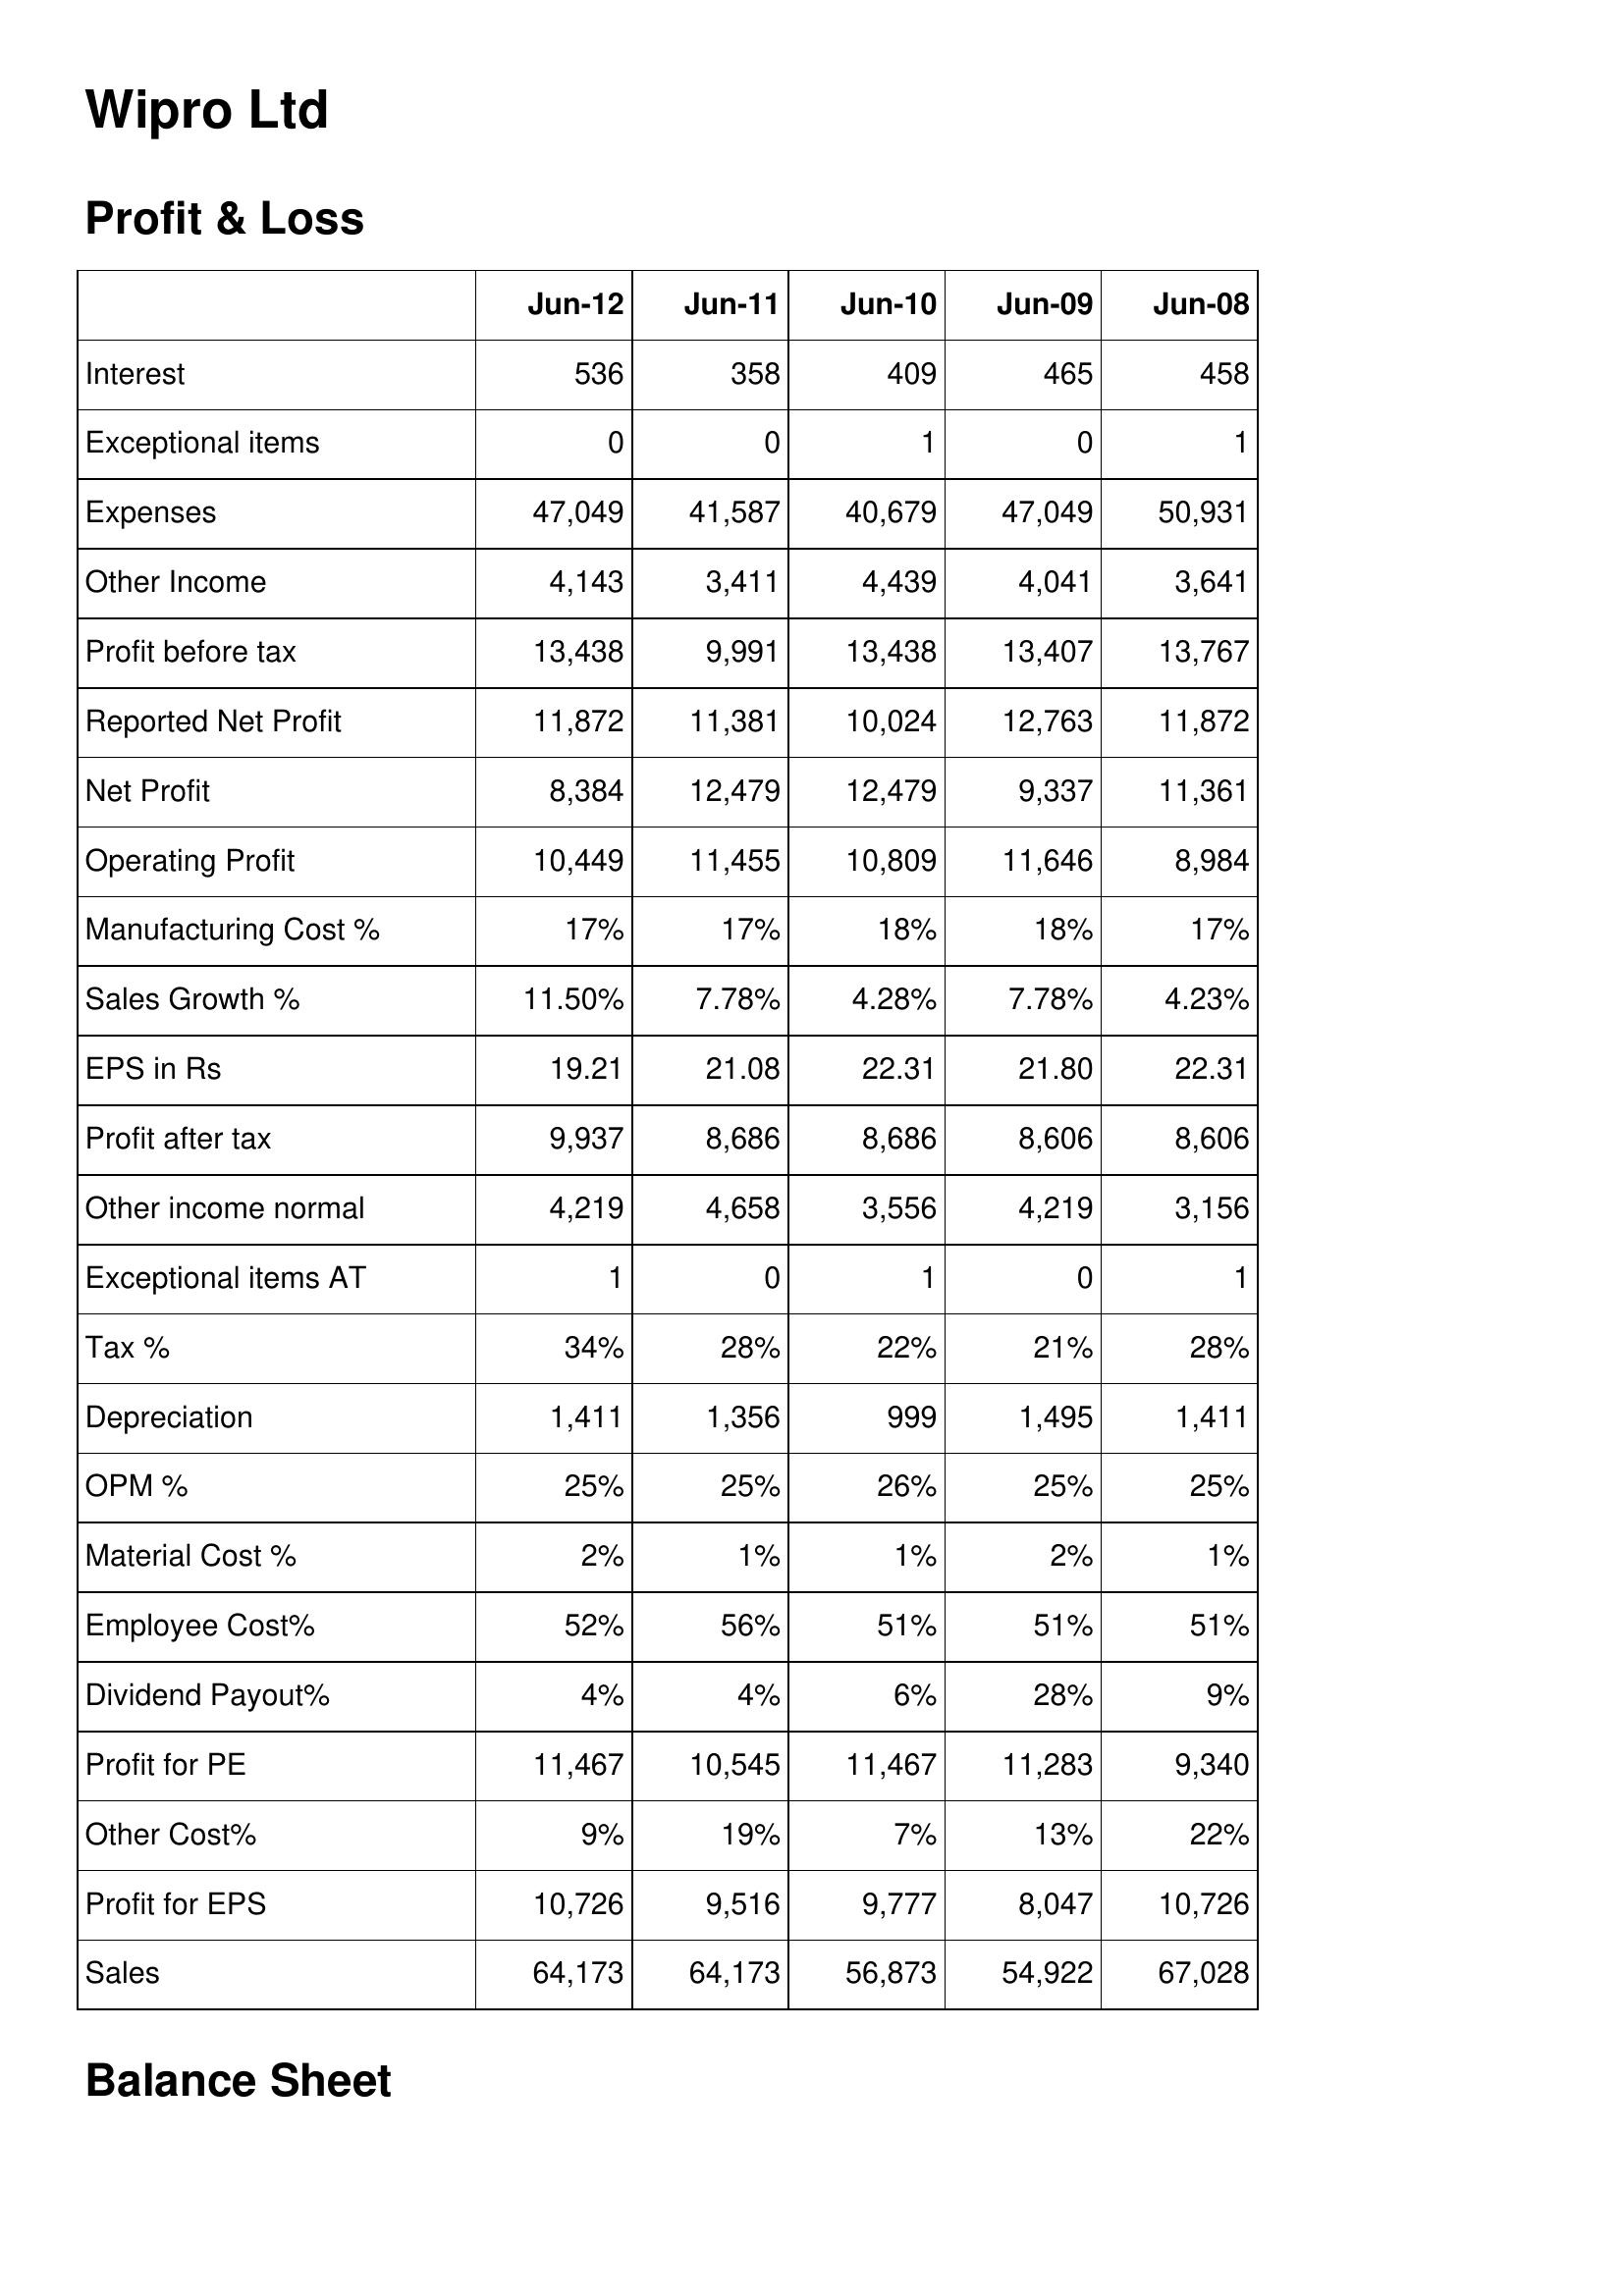
Jun-12: Profit & Loss: Interest: 536
Exceptional items: 0
Expenses: 47,049
Other Income: 4,143
Profit before tax: 13,438
Reported Net Profit: 11,872
Net Profit: 8,384
Operating Profit: 10,449
Manufacturing Cost %: 17%
Sales Growth %: 11.50%
EPS in Rs: 19.21
Profit after tax: 9,937
Other income normal: 4,219
Exceptional items AT: 1
Tax %: 34%
Depreciation: 1,411
OPM %: 25%
Material Cost %: 2%
Employee Cost%: 52%
Dividend Payout%: 4%
Profit for PE: 11,467
Other Cost%: 9%
Profit for EPS: 10,726
Sales: 64,173
Jun-11: Profit & Loss: Interest: 358
Exceptional items: 0
Expenses: 41,587
Other Income: 3,411
Profit before tax: 9,991
Reported Net Profit: 11,381
Net Profit: 12,479
Operating Profit: 11,455
Manufacturing Cost %: 17%
Sales Growth %: 7.78%
EPS in Rs: 21.08
Profit after tax: 8,686
Other income normal: 4,658
Exceptional items AT: 0
Tax %: 28%
Depreciation: 1,356
OPM %: 25%
Material Cost %: 1%
Employee Cost%: 56%
Dividend Payout%: 4%
Profit for PE: 10,545
Other Cost%: 19%
Profit for EPS: 9,516
Sales: 64,173
Jun-10: Profit & Loss: Interest: 409
Exceptional items: 1
Expenses: 40,679
Other Income: 4,439
Profit before tax: 13,438
Reported Net Profit: 10,024
Net Profit: 12,479
Operating Profit: 10,809
Manufacturing Cost %: 18%
Sales Growth %: 4.28%
EPS in Rs: 22.31
Profit after tax: 8,686
Other income normal: 3,556
Exceptional items AT: 1
Tax %: 22%
Depreciation: 999
OPM %: 26%
Material Cost %: 1%
Employee Cost%: 51%
Dividend Payout%: 6%
Profit for PE: 11,467
Other Cost%: 7%
Profit for EPS: 9,777
Sales: 56,873
Jun-09: Profit & Loss: Interest: 465
Exceptional items: 0
Expenses: 47,049
Other Income: 4,041
Profit before tax: 13,407
Reported Net Profit: 12,763
Net Profit: 9,337
Operating Profit: 11,646
Manufacturing Cost %: 18%
Sales Growth %: 7.78%
EPS in Rs: 21.80
Profit after tax: 8,606
Other income normal: 4,219
Exceptional items AT: 0
Tax %: 21%
Depreciation: 1,495
OPM %: 25%
Material Cost %: 2%
Employee Cost%: 51%
Dividend Payout%: 28%
Profit for PE: 11,283
Other Cost%: 13%
Profit for EPS: 8,047
Sales: 54,922
Jun-08: Profit & Loss: Interest: 458
Exceptional items: 1
Expenses: 50,931
Other Income: 3,641
Profit before tax: 13,767
Reported Net Profit: 11,872
Net Profit: 11,361
Operating Profit: 8,984
Manufacturing Cost %: 17%
Sales Growth %: 4.23%
EPS in Rs: 22.31
Profit after tax: 8,606
Other income normal: 3,156
Exceptional items AT: 1
Tax %: 28%
Depreciation: 1,411
OPM %: 25%
Material Cost %: 1%
Employee Cost%: 51%
Dividend Payout%: 9%
Profit for PE: 9,340
Other Cost%: 22%
Profit for EPS: 10,726
Sales: 67,028